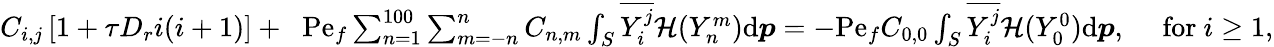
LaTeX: \begin{array}{r}{C_{i,j}\left[1+\tau D_{r}i(i+1)\right]+\; \; \mathrm{Pe}_{f}\sum_{n=1}^{100}\sum_{m=-n}^{n}C_{n,m}\int_{S}\overline{{Y_{i}^{j}}}\mathcal{H}(Y_{n}^{m})\mathrm{d}\boldsymbol{p}=-\mathrm{Pe}_{f}C_{0,0}\int_{S}\overline{{Y_{i}^{j}}}\mathcal{H}(Y_{0}^{0})\mathrm{d}\boldsymbol{p},\quad\mathrm{~for\ }i\geq 1,}\end{array}